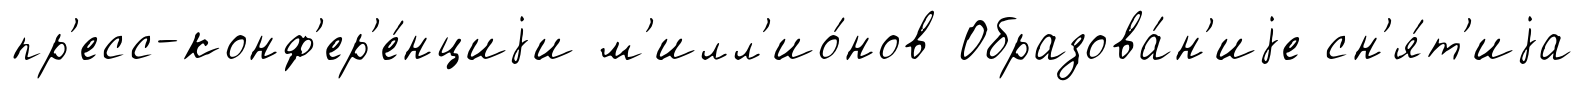
пр'есс-конф'ер'е́нциjи м'илл'ио́нов Образова́н'иjе сн'я́т'иjа